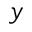
y